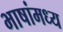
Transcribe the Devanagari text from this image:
भाषांमध्य